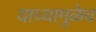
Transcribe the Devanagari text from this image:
याच्यामुळेच